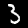
Digit: 3